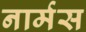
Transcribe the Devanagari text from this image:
नार्मस